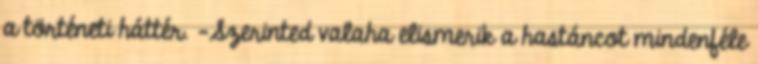
a történeti háttér. -Szerinted valaha elismerik a hastáncot mindenféle